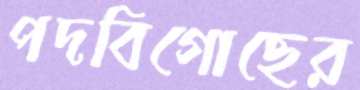
পদবিগোছের